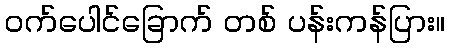
ဝက်ပေါင်ခြောက် တစ် ပန်းကန်ပြား။